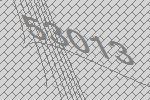
53013